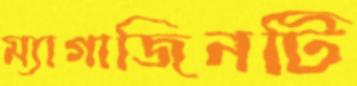
ম্যাগাজিনটি